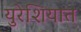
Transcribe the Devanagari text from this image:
युरेशियात